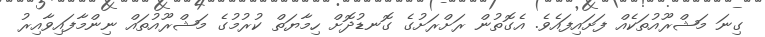
ގިނަ މަޝްރޫއުތަކެއް ފަށައިފައެވެ. އެގޮތުން ރަށްރަށުގެ ގޮނޑުދޮށް ހިމާޔަތް ކުރުމުގެ މަޝްރޫއުތައް ނިންމާފައިވާއިރު